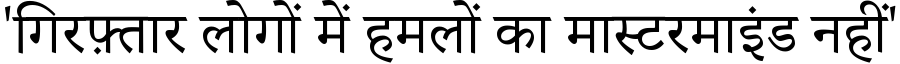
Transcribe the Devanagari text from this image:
'गिरफ़्तार लोगों में हमलों का मास्टरमाइंड नहीं'